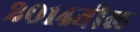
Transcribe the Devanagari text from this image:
२०१४तील